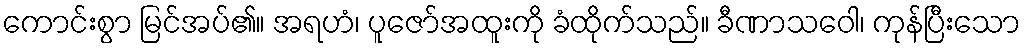
ကောင်းစွာ မြင်အပ်၏။ အရဟံ၊ ပူဇော်အထူးကို ခံထိုက်သည်။ ခီဏာသဝေါ၊ ကုန်ပြီးသော